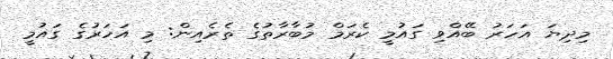
މިދިޔަ އަހަރު ބޭއްވި ގައުމީ ކެރަމް މުބާރާތުގެ ތެރެއިން: މި އަހަރުގެ ގައުމީ